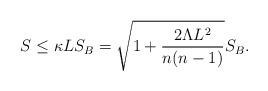
\begin{align*}S\leq \kappa LS_B=\sqrt{1+{{2\Lambda L^2}\over{n(n-1)}}}S_B.\end{align*}